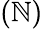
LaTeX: (\mathbb{N})